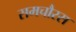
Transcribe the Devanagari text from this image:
समचौरस